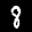
Label: 8